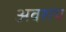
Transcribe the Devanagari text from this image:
अवशय